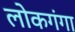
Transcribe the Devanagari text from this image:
लोकगंगा